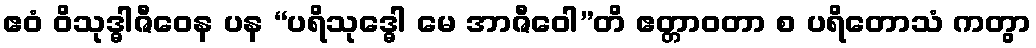
ဧဝံ ဝိသုဒ္ဓါဇီဝေန ပန “ပရိသုဒ္ဓေါ မေ အာဇီဝေါ”တိ ဧတ္တာဝတာ စ ပရိတောသံ ကတွာ